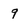
Character: 9